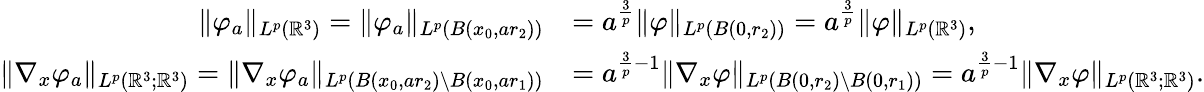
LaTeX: \begin{array}{rl}{\| \varphi_{a}\| _{L^{p}(\mathbb{R}^{3})}=\| \varphi_{a}\| _{L^{p}(B(x_{0},ar_{2}))}}&{=a^{\frac{3}{p}}\| \varphi\| _{L^{p}(B(0,r_{2}))}=a^{\frac{3}{p}}\| \varphi\| _{L^{p}(\mathbb{R}^{3})},}\\ {\| \nabla_{x}\varphi_{a}\| _{L^{p}(\mathbb{R}^{3};\mathbb{R}^{3})}=\| \nabla_{x}\varphi_{a}\| _{L^{p}(B(x_{0},ar_{2})\setminus B(x_{0},ar_{1}))}}&{=a^{\frac{3}{p}-1}\| \nabla_{x}\varphi\| _{L^{p}(B(0,r_{2})\setminus B(0,r_{1}))}=a^{\frac{3}{p}-1}\| \nabla_{x}\varphi\| _{L^{p}(\mathbb{R}^{3};\mathbb{R}^{3})}.}\end{array}